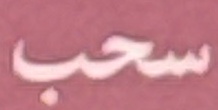
سحب